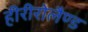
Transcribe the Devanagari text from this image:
हीरीरोलैण्ड